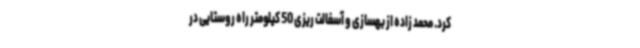
کرد. محمد زاده از بهسازی و آسفالت ریزی 50 کیلومتر راه روستایی در